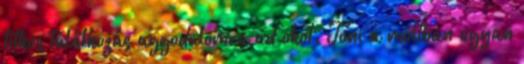
titkos találkozás aggodalomra ad okot. Toni a múltban ugyan